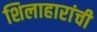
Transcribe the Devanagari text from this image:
शिलाहारांची